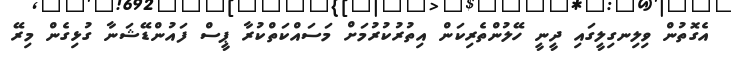
އެގޮތުން ވިލިނގިލީގައި ދީނީ ހޭލުންތެރިކަން އިތުރުކުރުމަށް މަސައްކަތްކުރާ ޕީސް ފައުންޑޭޝަނާ ގުޅިގެން މިރޭ